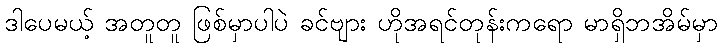
ဒါပေမယ့် အတူတူ ဖြစ်မှာပါပဲ ခင်ဗျား ဟိုအရင်တုန်းကရော မာရှိဘအိမ်မှာ